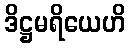
ဒိဋ္ဌမရိယေဟိ